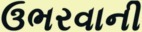
ઉભરવાની